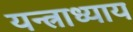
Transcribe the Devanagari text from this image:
यन्त्राध्याय